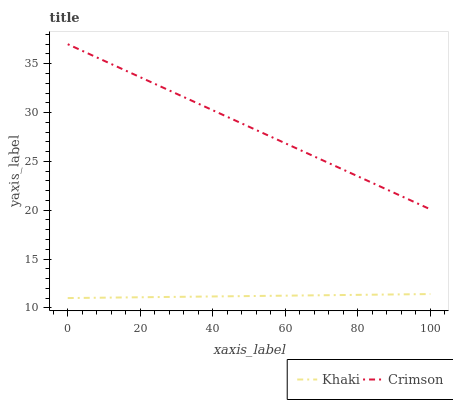
| xaxis_label | Khaki | Crimson |
 | --- | --- | --- |
 | 0 | 11 | 37 |
 | 11.1 | 11 | 35.1 |
 | 22.2 | 11.1 | 33.2 |
 | 33.3 | 11.1 | 31.4 |
 | 44.4 | 11.2 | 29.5 |
 | 55.6 | 11.2 | 27.6 |
 | 66.7 | 11.3 | 25.7 |
 | 77.8 | 11.3 | 23.8 |
 | 88.9 | 11.4 | 22 |
 | 100 | 11.4 | 20.1 |